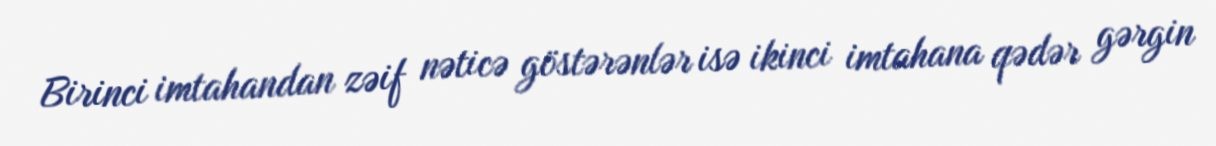
Birinci imtahandan zəif nəticə göstərənlər isə ikinci imtahana qədər gərgin